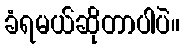
ခံရမယ်ဆိုတာပါပဲ။